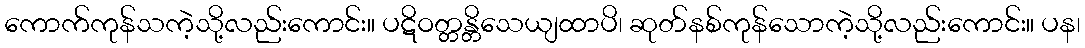
ကောက်ကုန်သကဲ့သို့လည်းကောင်း။ ပဋိဝတ္တန္တိသေယျထာပိ၊ ဆုတ်နစ်ကုန်သောကဲ့သို့လည်းကောင်း။ ပန၊